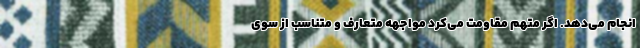
انجام می‌دهد. اگر متهم مقاومت می‌کرد مواجهه متعارف و متناسب از سوی